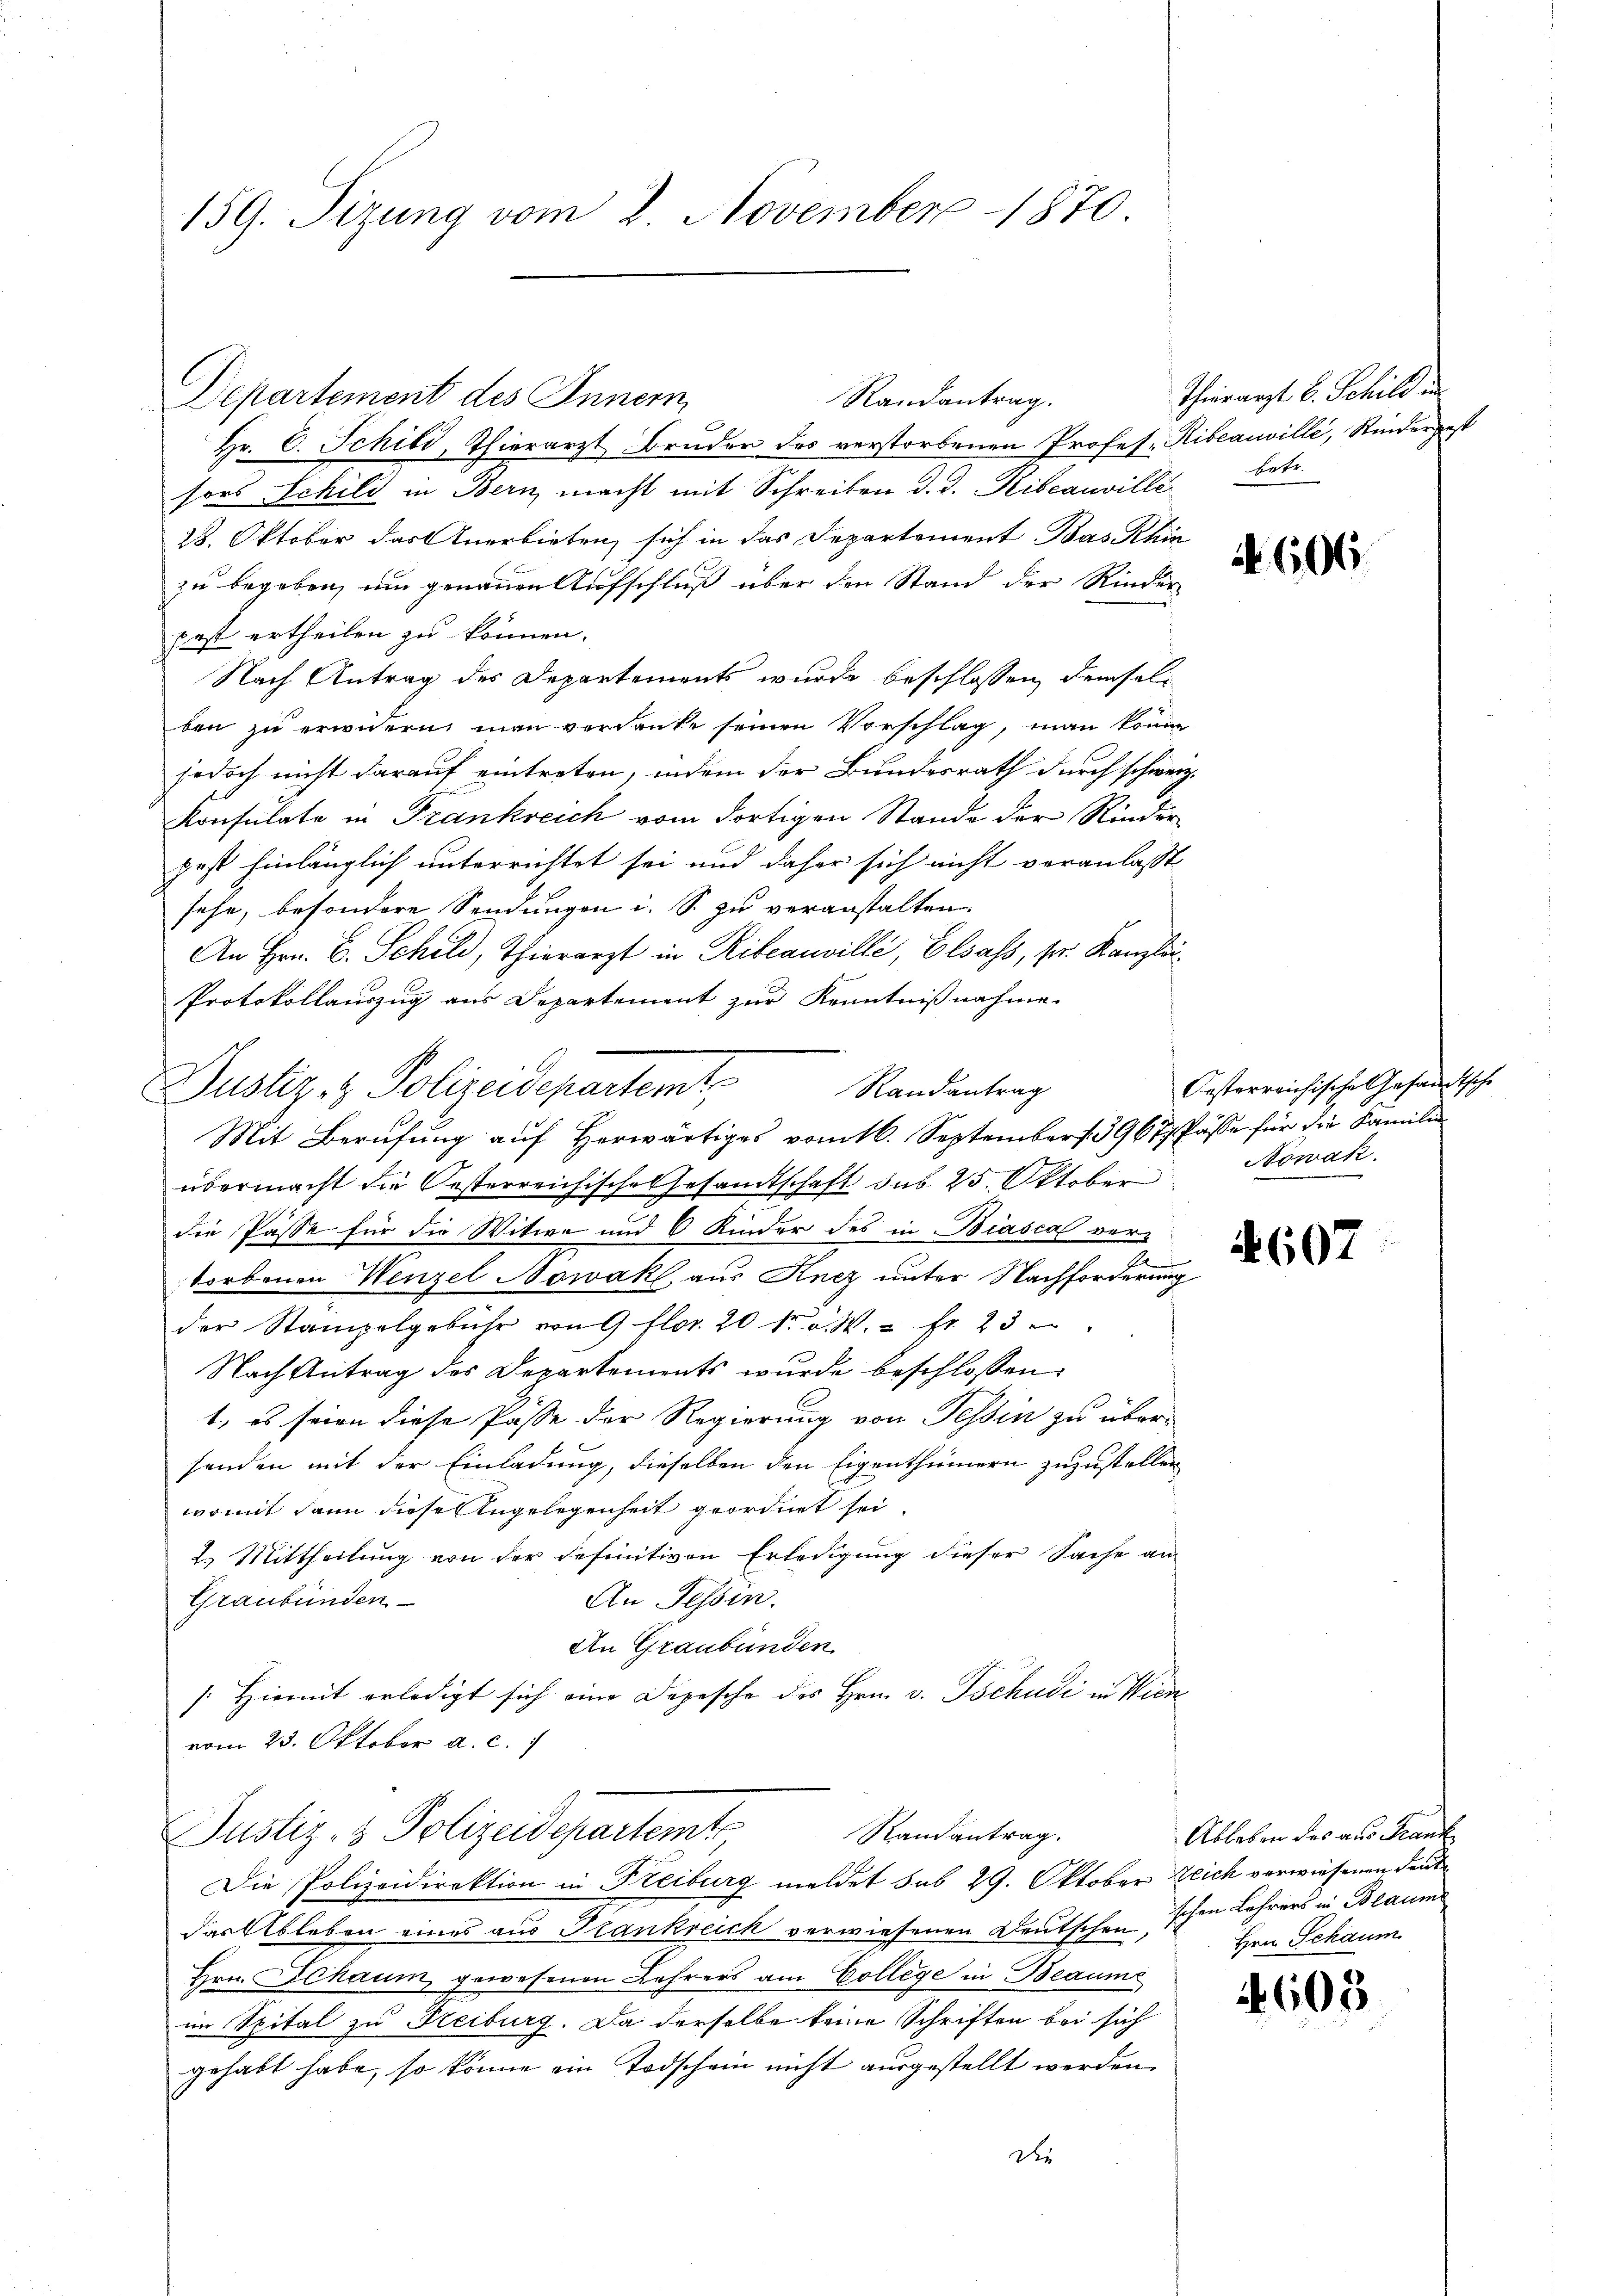
159. Sizung vom 2. November 1870.

Departement des Innern,

Hr. C. Schild, Thierarzt Bruder des verstorbenen Profes- Ribeauville, Rindergest
sors Schild in Bern macht mit Schreiben d. d. Ribeauville betr.
28. Oktober das Anerbieten, sich in das Departement Bas Khin
zu begeben, um genauen Aufschluß über den Stand der Rinder
pest ertheilen zu können.
Nach Antrag des Departements wurde beschlossen, demselben zu erwidern man verdanke seinen Vorschlag, man könne
jedoch nicht darauf eintreten, indem der Bundesrath durch schweiz.
Konsulate in Frankreich vom dortigen Stande der Riederpest hinlänglich unterrichtet sei und daher sich nicht veranlasst
sehe, besondere Sendungen i. S. zu veranstalten
An Hrn. E. Schild, Thierarzt in Ribeauville, Elsass, pr. Kanzlei¬
Protokollauszug aus Departement zur Kenntnißnahme.
Randantrag
Mit Berufung auf Herwärtiges vom 16. September 396 Pässe für die Familien
übermacht die Oesterreichische Gesandtschaft sub 25. Oktober Nowak
die Pässe für die Witwe und 6 Kinder des in Biascal vertorbenen Wenzel Nowak, aus Knez unter Nachforderung
der Stampelgebühr von 9 flor 20 kr. v. M. fr. 23
Nach Antrag des Departements wurde beschlossen:
1., es seien diese Pässe der Regierung von Tessin zu übersenden mit der Einladung, dieselben den Eigenthümern zuzustellen
womit dann diese Angelegenheit geordnet sei.
2.) Mittheilung von der definitiven Erledigung dieser Sache an
An Tessin.
Graubünden
An Graubünden
/Hiemit erledigt sich eine Depesche des Hrn. v. Tschudi in Wien
vom 23. Oktober a. c.
Justiz- & Polizeidepartemt
Randantrag.
Die Polizeidirektion in Freiburg meldet sub 29. Oktober Zeich verwiesenen deut
das Ableben eines aus Frankreich verwiesenen Deutschen schon Lehrers in Beaum
Hrn. Schaum gewesenen Lehrers am College in Beaume
im Spital zu Steiburg. Da derselbe keine Schriften bei sich
gehabt habe, so könne ein Todschein nicht ausgestellt werden
Die

Justiz - Polizeidepartemt,

Randantrag.

Thierarzt b. Schild in

606

Oesterreichische Gesandtsch

1607

Ableben des aus Frank
Hrn. Schaum

603

t